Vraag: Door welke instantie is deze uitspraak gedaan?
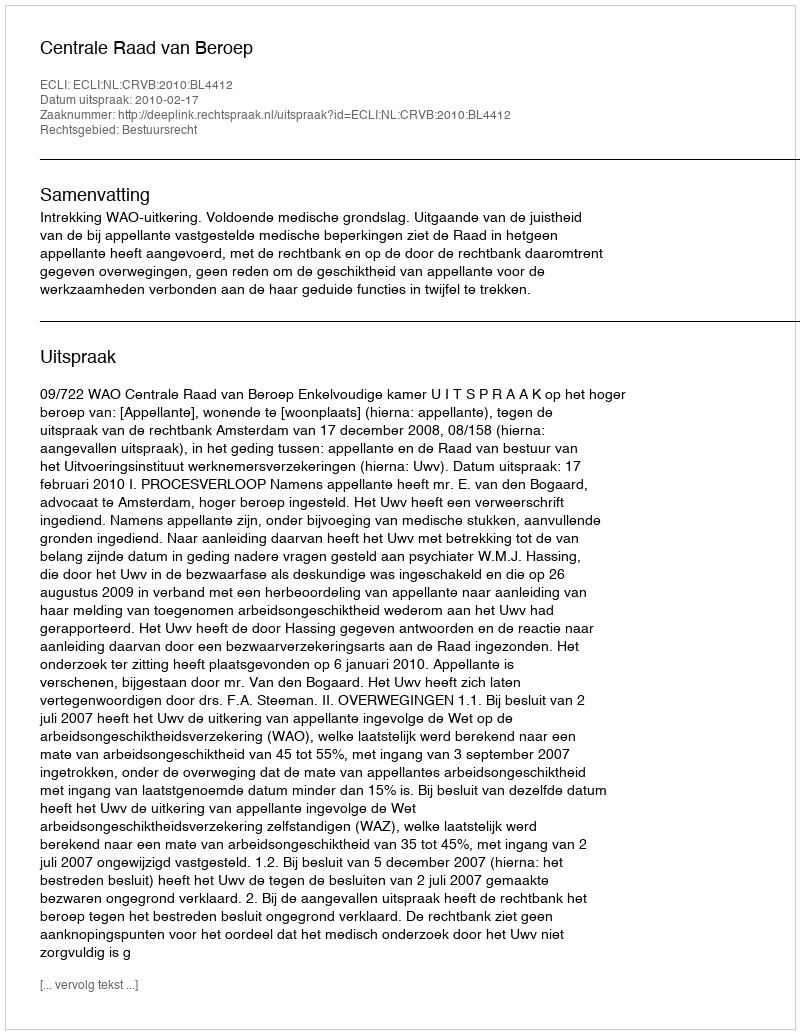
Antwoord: Centrale Raad van Beroep